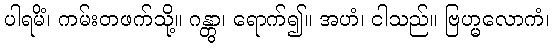
ပါရမိံ၊ ကမ်းတဖက်သို့။ ဂန္တွာ၊ ရောက်၍။ အဟံ၊ ငါသည်။ ဗြဟ္မလောကံ၊